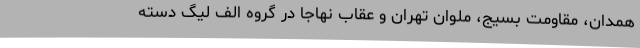
همدان، مقاومت بسیج، ملوان تهران و عقاب نهاجا در گروه الف لیگ دسته